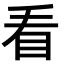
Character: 看